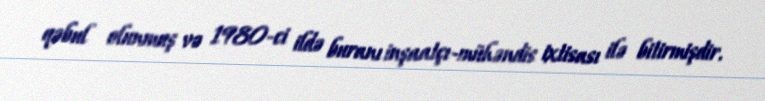
qəbul olunmuş və 1980-ci ildə buranı inşaatçı-mühəndis ixtisası ilə bitirmişdir.